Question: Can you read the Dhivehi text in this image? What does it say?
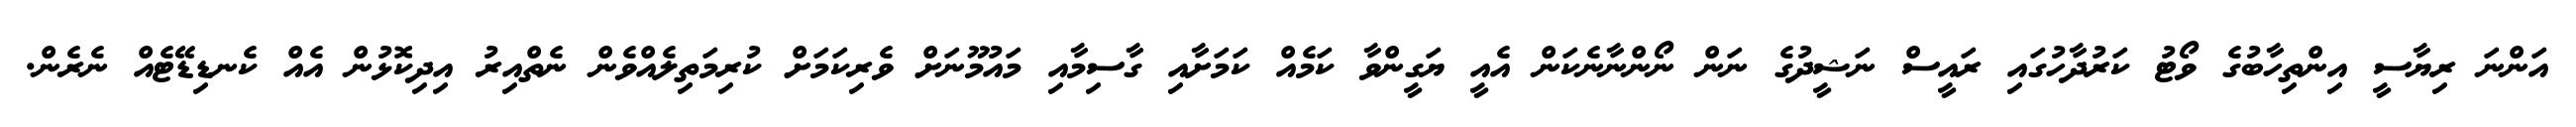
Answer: އަންނަ ރިޔާސީ އިންތިހާބުގެ ވޯޓު ކަރުދާހުގައި ރައީސް ނަޝީދުގެ ނަން ނޯންނާނެކަން އެއީ ޔަގީންވާ ކަމެއް ކަމަށާއި ގާސިމާއި މައުމޫނަށް ވެރިކަމަށް ކުރިމަތިލެއްވެން ނެތްއިރު އިދިކޮޅުން އެއް ކެނޑިޑޭޓެއް ނެރެން.